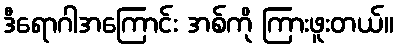
ဒီရောဂါအကြောင်း အစ်ကို ကြားဖူးတယ်။